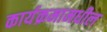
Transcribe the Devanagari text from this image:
कार्यक्रमामधील